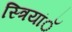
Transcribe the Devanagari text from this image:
स्त्रियांॅ